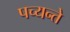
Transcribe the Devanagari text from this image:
पच्यन्ते